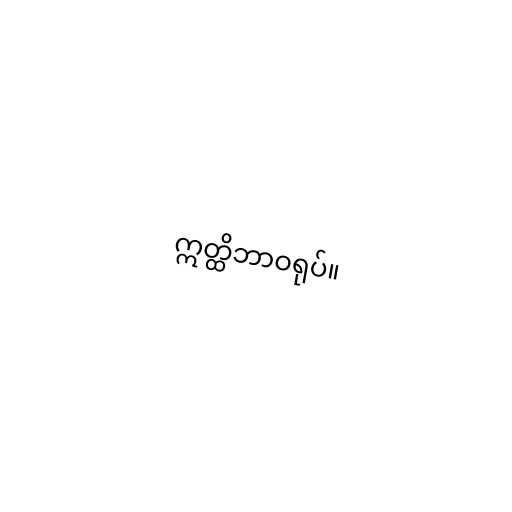
ဣတ္ထိဘာဝရုပ်။